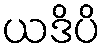
ယဒိပိ